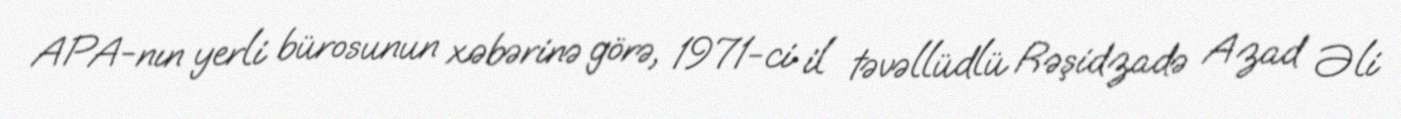
APA-nın yerli bürosunun xəbərinə görə, 1971-ci il təvəllüdlü Rəşidzadə Azad Əli